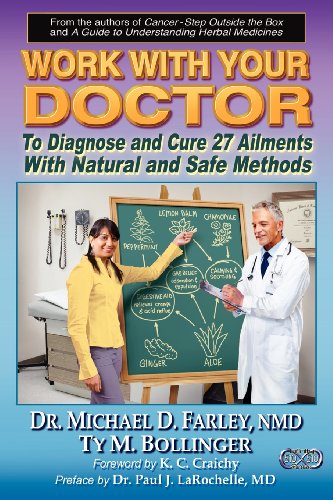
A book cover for Work With Your Doctor To Diagnose and Cure 27 Ailments With Natural and Safe Methods; Ty M Bollinger; Health, Fitness & Dieting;